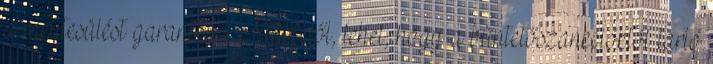
a mentesülést garantálni. Másfelől, lehet, hogy a büntetőszankcióktól tartó